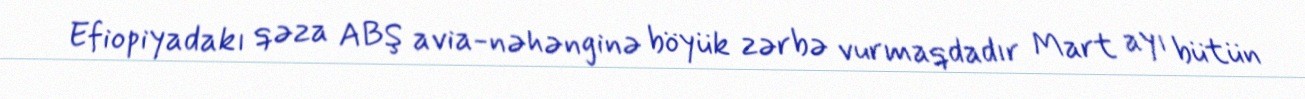
Efiopiyadakı qəza ABŞ avia-nəhənginə böyük zərbə vurmaqdadır Mart ayı bütün